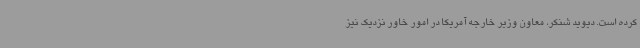
کرده است. دیوید شنکر، معاون وزیر خارجه آمریکا در امور خاور نزدیک نیز